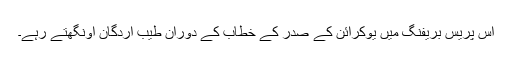
اس پریس بریفنگ میں یوکرائن کے صدر کے خطاب کے دوران طیب اردگان اونگھتے رہے۔